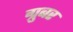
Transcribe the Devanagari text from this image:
ग्रुबर